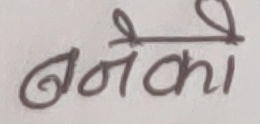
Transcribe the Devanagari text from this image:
बनेको